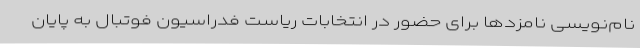
نام‌نویسی نامزدها برای حضور در انتخابات ریاست فدراسیون فوتبال به پایان